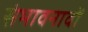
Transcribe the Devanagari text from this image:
संभावनावों